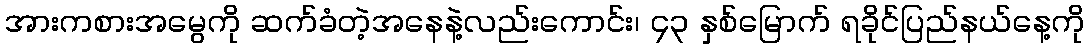
အားကစားအမွေကို ဆက်ခံတဲ့အနေနဲ့လည်းကောင်း၊ ၄၃ နှစ်မြောက် ရခိုင်ပြည်နယ်နေ့ကို